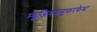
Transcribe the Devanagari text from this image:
म्यूजियमसुफरफेस्ट